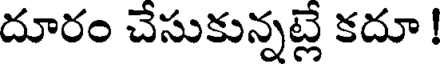
దూరం చేసుకున్నట్లే కదూ !